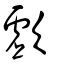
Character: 歔